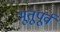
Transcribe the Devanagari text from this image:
भूतूपूर्व